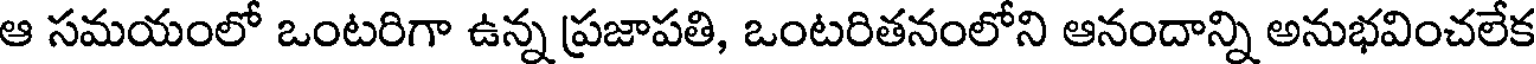
ఆ సమయంలో ఒంటరిగా ఉన్న ప్రజాపతి, ఒంటరితనంలోని ఆనందాన్ని అనుభవించలేక